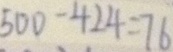
5 0 0 - 4 2 4 = 7 6